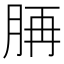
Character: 𦛍